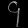
Digit: ၄